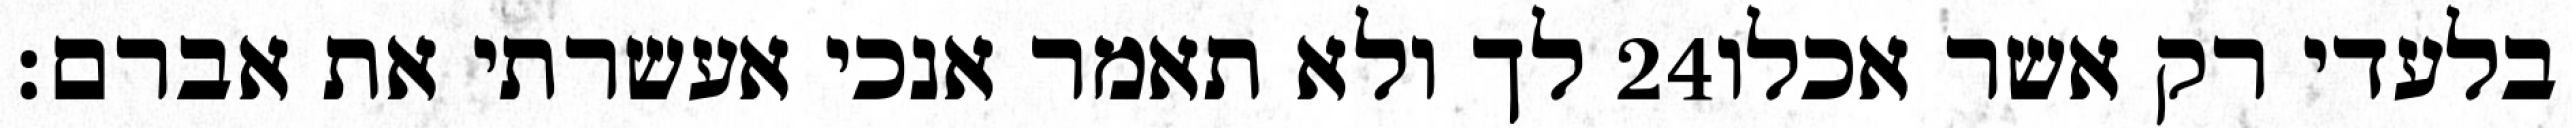
לך ולא תאמר אנכי אעשרתי את אברם׃ ‎24‏ בלעדי רק אשר אכלו